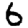
Digit: 6